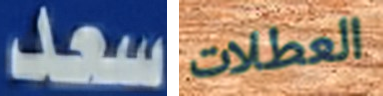
سعد العطلات